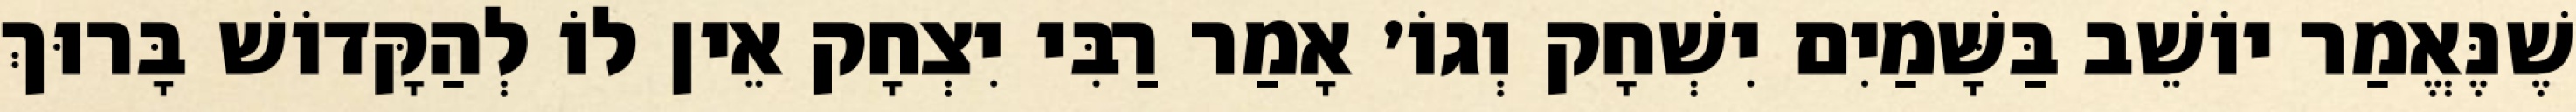
שֶׁנֶּאֱמַר יוֹשֵׁב בַּשָּׁמַיִם יִשְׁחָק וְגוֹ׳ אָמַר רַבִּי יִצְחָק אֵין לוֹ לְהַקָּדוֹשׁ בָּרוּךְ